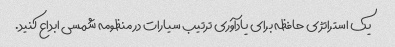
یک استراتژی حافظه برای یادآوری ترتیب سیارات در منظومه شمسی ابداع کنید.